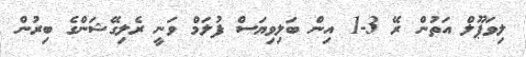
ލިވަޕޫލް އަތުން ރޭ 3-1 އިން ބަލިވިޔަސް ފުލަމް ވަނީ ރެލިގޭޝަންގެ ބިރުން